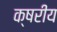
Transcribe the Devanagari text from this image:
क्षरीय